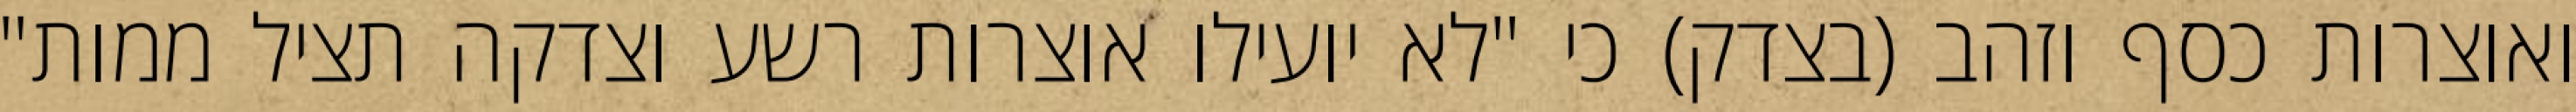
ואוצרות כסף וזהב (בצדק) כי "לא יועילו אוצרות רשע וצדקה תציל ממות"